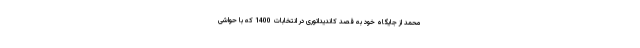
محمد از جایگاه خود به قصد کاندیداتوری در انتخابات 1400 که با حواشی